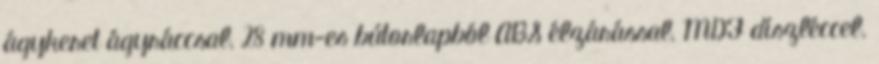
ágykeret ágyráccsal, 28 mm-es bútorlapból ABS élzárással, MDF díszléccel.